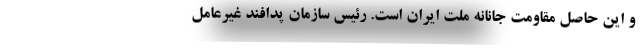
و این حاصل مقاومت جانانه ملت ایران است. رئیس سازمان پدافند غیرعامل